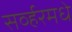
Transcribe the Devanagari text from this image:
सर्व्हरमधे